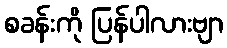
စခန်းကို ပြန်ပါလားဗျာ